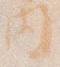
内